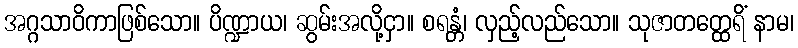
အဂ္ဂသာဝိကာဖြစ်သော။ ပိဏ္ဍာယ၊ ဆွမ်းအလို့ငှာ။ စရန္တံ၊ လှည့်လည်သော။ သုဇာတတ္ထေရိံ နာမ၊